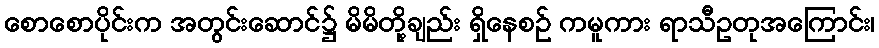
စောစောပိုင်းက အတွင်းဆောင်၌ မိမိတို့ချည်း ရှိနေစဉ် ကမူကား ရာသီဥတုအကြောင်း၊